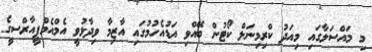
މި މައްސަލާގައި މިއަދު ކްރިމިނަލް ކޯޓުން ބޭއްވި އަޑުއެހުމުގައި އާޒިމާ ވިދާޅުވީ އެމްއެމްޕީއާރްސީގެ